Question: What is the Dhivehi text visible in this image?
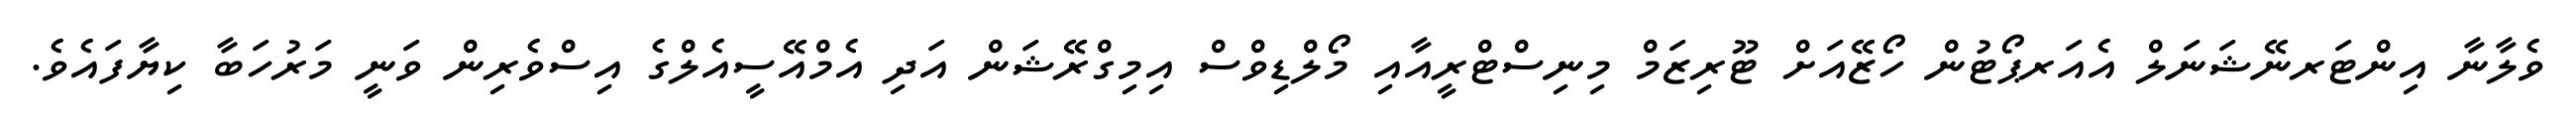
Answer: ވެލާނާ އިންޓަރނޭޝަނަލް އެއަރޕޯޓުން ހޯޒޭއަށް ޓޫރިޒަމް މިނިސްޓްރީއާއި މޯލްޑިވްސް އިމިގްރޭޝަން އަދި އެމްއޭސީއެލްގެ އިސްވެރިން ވަނީ މަރުހަބާ ކިޔާފައެވެ.